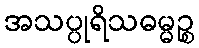
အသပ္ပုရိသဓမ္မဉ္စ